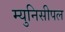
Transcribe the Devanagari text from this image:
म्युनिसीपल